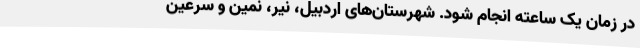
در زمان یک ساعته انجام شود. شهرستان‌های اردبیل، نیر، نمین و سرعین